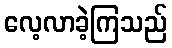
လေ့လာခဲ့ကြသည်